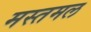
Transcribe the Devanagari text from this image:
मस्तमल